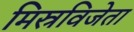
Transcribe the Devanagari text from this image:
मिस्रविजेता